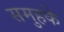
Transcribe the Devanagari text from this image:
समुहके